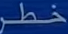
خطر